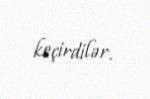
keçirdilər.